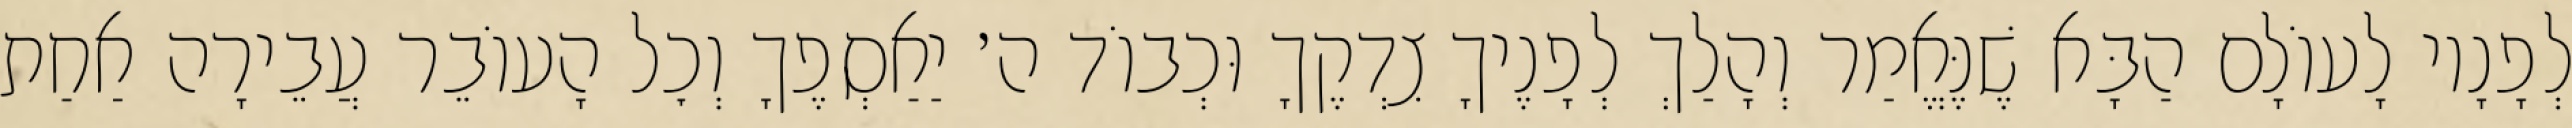
לְפָנָיו לָעוֹלָם הַבָּא שֶׁנֶּאֱמַר וְהָלַךְ לְפָנֶיךָ צִדְקֶךָ וּכְבוֹד ה׳ יַאַסְפֶךָ וְכׇל הָעוֹבֵר עֲבֵירָה אַחַת